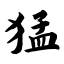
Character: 猛